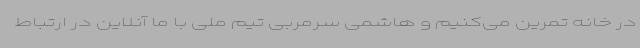
در خانه تمرین می‌کنیم و هاشمی سرمربی تیم ملی با ما آنلاین در ارتباط